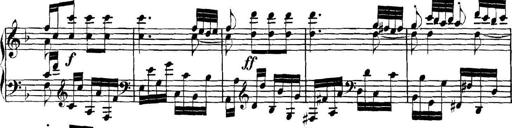
Title: Collected Piano Sonatas
Composer: Muzio Clementi